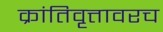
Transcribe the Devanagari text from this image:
क्रांतिवृत्तावरच